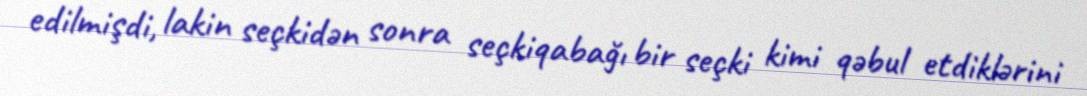
edilmişdi, lakin seçkidən sonra seçkiqabağı bir seçki kimi qəbul etdiklərini